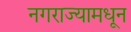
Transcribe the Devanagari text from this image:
नगराज्यामधून